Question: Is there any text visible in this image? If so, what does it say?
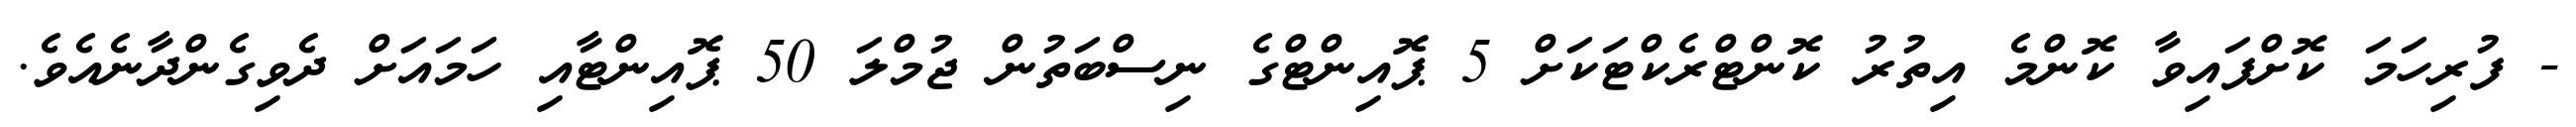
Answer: - ފުރިހަމަ ކޮށްފައިވާ ކޮންމެ އިތުރު ކޮންޓްރެކްޓަކަށް 5 ޕޮއިންޓްގެ ނިސްބަތުން ޖުމްލަ 50 ޕޮއިންޓާއި ހަމައަށް ދެވިގެންދާނެއެވެ.